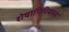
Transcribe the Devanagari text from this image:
शेषागिरियम्मा